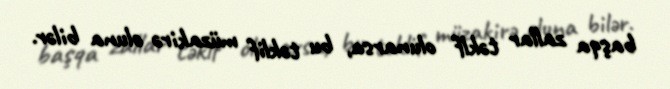
başqa zallar təklf olunarsa, bu təklif müzakirə oluna bilər.